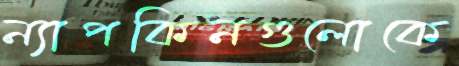
ন্যাপকিনগুলোকে